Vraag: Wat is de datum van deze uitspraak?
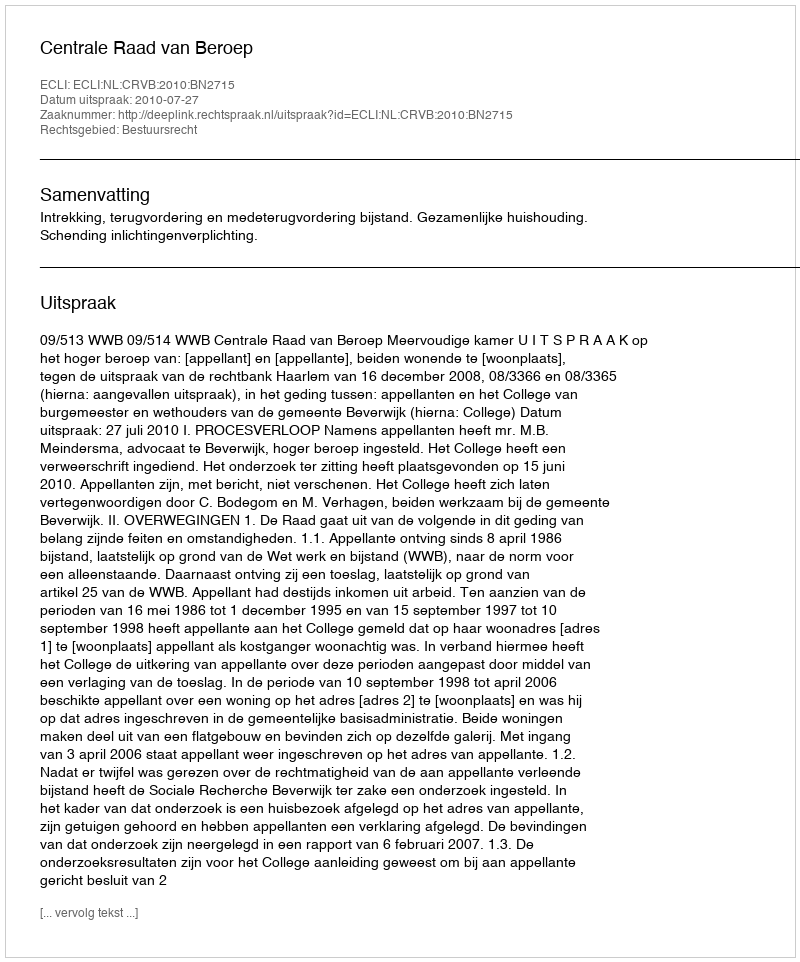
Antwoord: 2010-07-27